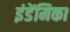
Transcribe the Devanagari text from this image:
इंडेंमिका